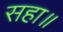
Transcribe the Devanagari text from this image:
सहा॥